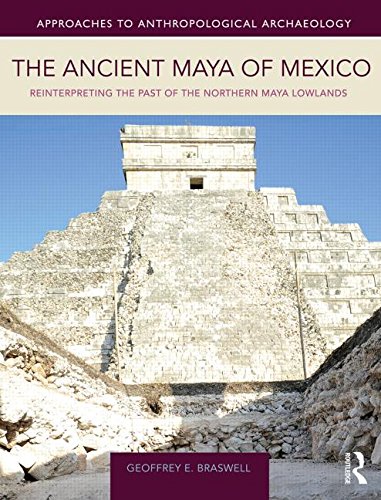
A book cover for The Ancient Maya of Mexico: Reinterpreting the Past of the Northern Maya Lowlands (Approaches to Anthropological Archaeology); Geoffrey E Braswell; History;